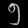
Digit: ၅